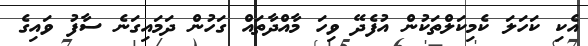
އެކި ކަހަލަ ކެމިކަލްތަކުން އުފެދޭ ވިހަ މާއްދާތައް ގަހުން ދަމައިގަނެ ސާފު ވައިގެ